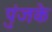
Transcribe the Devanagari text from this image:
पुंजके